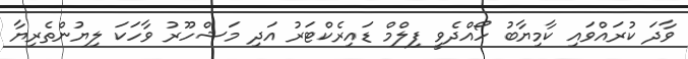
ވާދަ ކުރައްވައި ކާމިޔާބު ހޯއްދެވީ ފިލްމް ޑައިރެކްޓަރު އަދި މަޝްހޫރު ވާހަކަ ލިޔުންތެރިޔާ